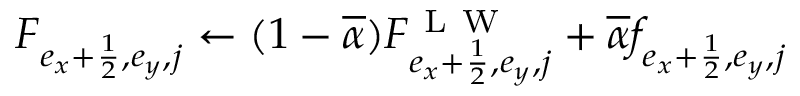
F _ { e _ { x } + \frac { 1 } { 2 } , e _ { y } , j } \gets ( 1 - \overline { { \alpha } } ) F _ { e _ { x } + \frac { 1 } { 2 } , e _ { y } , j } ^ { \mathrm { ~ L ~ W ~ } } + \overline { { \alpha } } f _ { e _ { x } + \frac { 1 } { 2 } , e _ { y } , j }